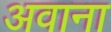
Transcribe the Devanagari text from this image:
अवाना